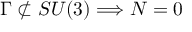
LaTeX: \Gamma \not \subset S U ( 3 ) \Longrightarrow { \cal N } = 0